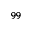
^ { 9 9 }